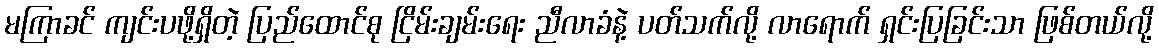
မကြာခင် ကျင်းပဖို့ရှိတဲ့ ပြည်ထောင်စု ငြိမ်းချမ်းရေး ညီလာခံနဲ့ ပတ်သက်လို့ လာရောက် ရှင်းပြခြင်းသာ ဖြစ်တယ်လို့